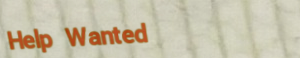
Help Wanted